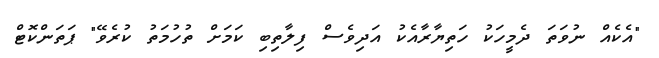
"އެކެއް ނުވަތަ ދެމީހަކު ހަތިޔާރާއެކު އަދިވެސް ފިލާތިބި ކަމަށް ތުހުމަތު ކުރެވޭ" ޕަތަންކޮޓް